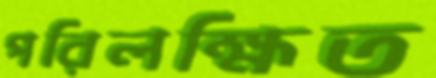
পরিলক্ষিত